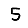
Digit: 5